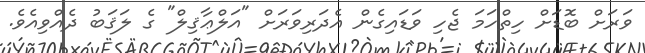
ވަރަށް ބޮޑަށް ހިތްހަމަ ޖެހި ވަޑައިގެން އެދަރިވަރަށް "އަލްޢާޤިލް" ގެ ލަޤަބު ދެއްވިއެވެ.